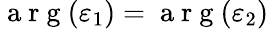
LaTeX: \mathrm{~a~r~g~}(\varepsilon_{1})=\mathrm{~a~r~g~}(\varepsilon_{2})